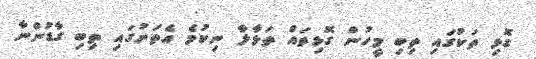
ގޮޅި ތަކުގައި ތިބި މީހުން ގޮޅިތައް ތަޅާލާ ނިކުމެ އެތަނުގައި ތިބި ގާޑުންނާ